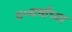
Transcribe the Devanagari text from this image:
४०वर्षांच्या